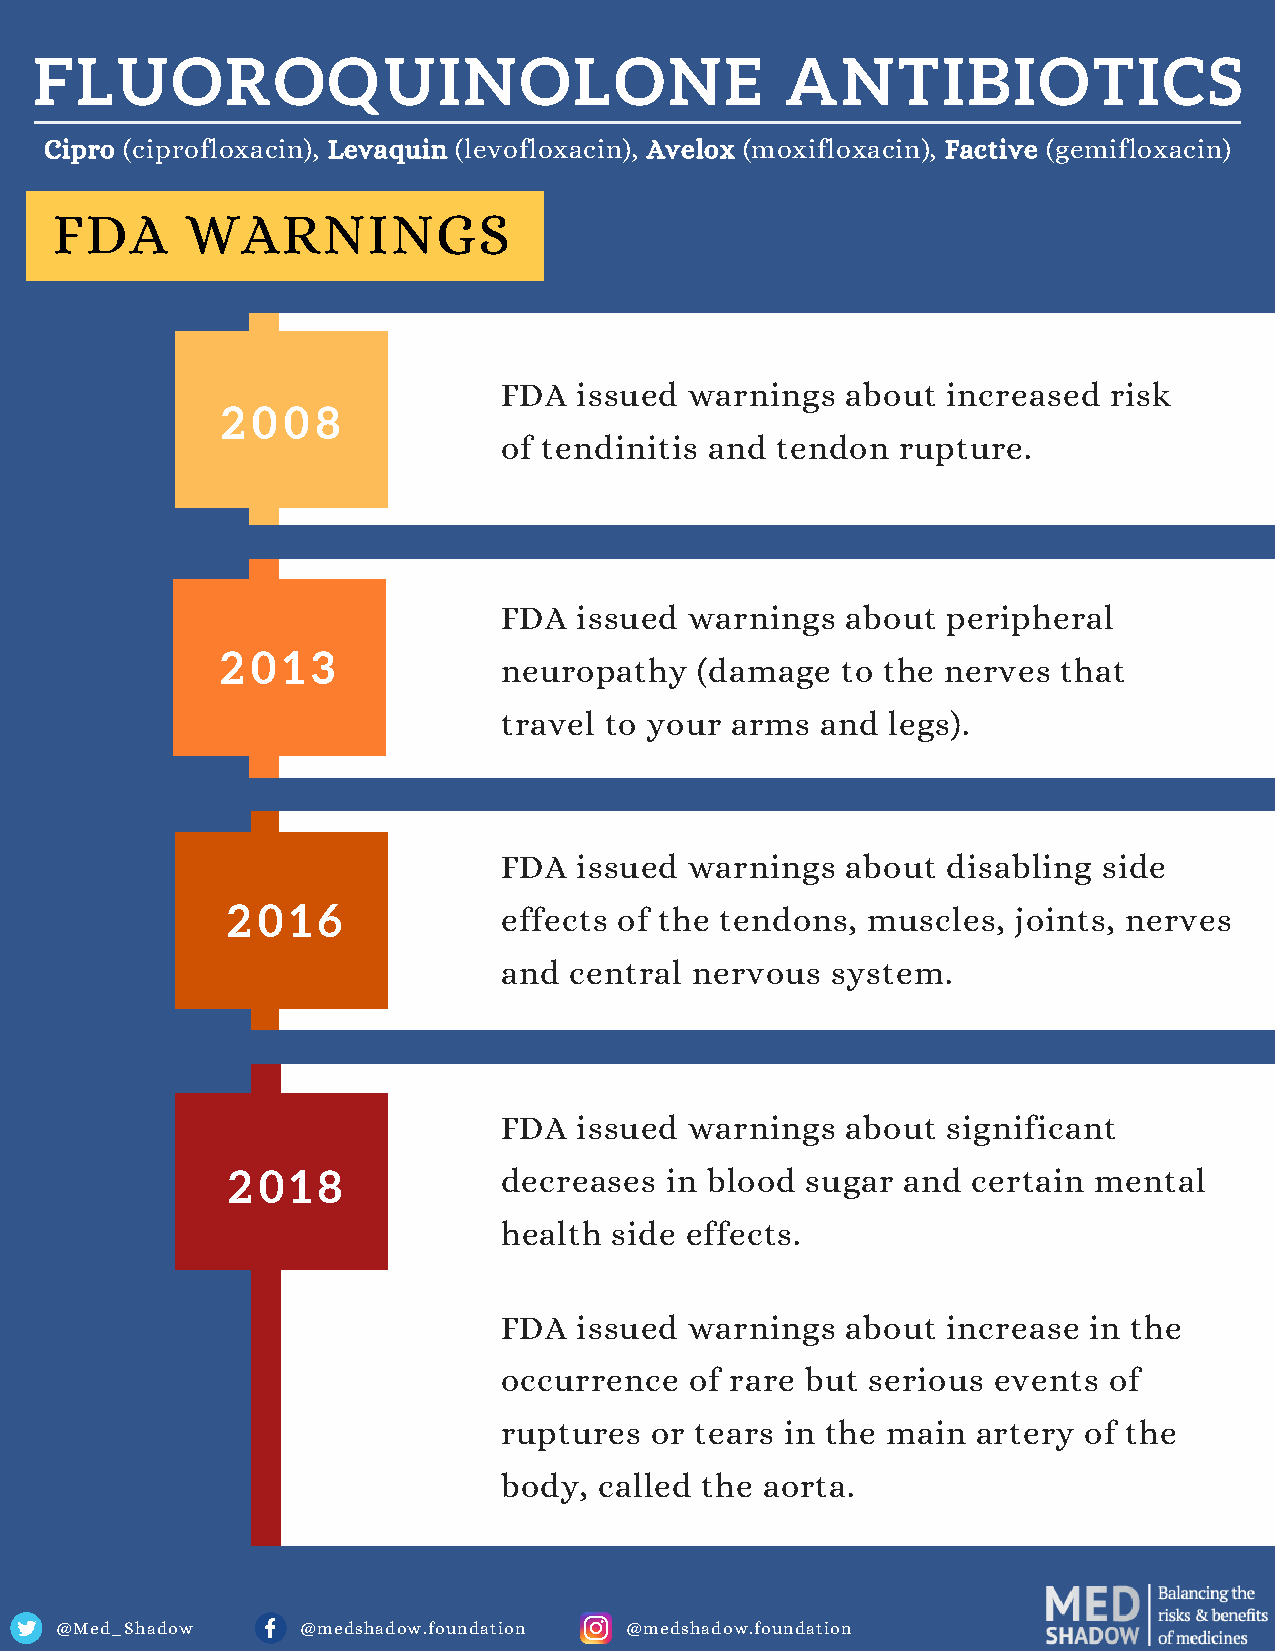
FLUOROQUINOLONE                                   ANTIBIOTICS
 Cipro (ciprofloxacin), Levaquin (levofloxacin), Avelox (moxifloxacin), Factive (gemifloxacin)
 FDA      WARNINGS
 FDA  issued  warnings  about  increased risk
 2 0 0 8
 of tendinitis and tendon  rupture.
 FDA  issued  warnings  about  peripheral
 2 0 1 3
 neuropathy   (damage   to the nerves that
 travel to your arms  and  legs).
 FDA  issued  warnings  about  disabling side
 2 0 1 6           effects of the tendons, muscles,  joints, nerves
 and  central nervous  system.
 FDA  issued  warnings  about  significant
 2 0 1 8           decreases  in blood sugar  and certain mental
 health side effects.
 FDA  issued  warnings  about  increase in the
 occurrence   of rare but serious events of
 ruptures  or tears in the main  artery of the
 body,  called the aorta.
 @Med_Shadow     @medshadow.foundation @medshadow.foundation